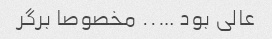
عالی بود ….. مخصوصا برگر